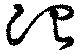
冶